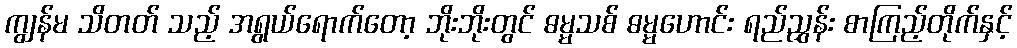
ကျွန်မ သိတတ် သည့် အရွယ်ရောက်တော့ ဘိုးဘိုးတွင် ဓမ္မသစ် ဓမ္မဟောင်း ရည်ညွှန်း စာကြည့်တိုက်နှင့်